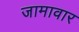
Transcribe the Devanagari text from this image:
जामावार